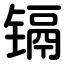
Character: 镉